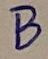
Text: B